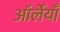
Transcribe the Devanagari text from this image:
ऑर्लेयाँ